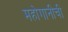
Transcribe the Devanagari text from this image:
महोगानीची